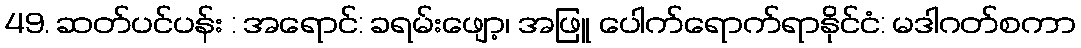
49. ဆတ်ပင်ပန်း : အရောင်: ခရမ်းဖျော့၊ အဖြူ ပေါက်ရောက်ရာနိုင်ငံ: မဒါဂတ်စကာ